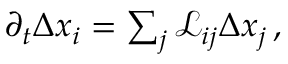
\begin{array} { r } { \partial _ { t } \Delta { x } _ { i } = \sum _ { j } \mathcal { L } _ { i j } \Delta x _ { j } \, , } \end{array}